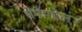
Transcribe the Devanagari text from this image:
मेंफेगोल